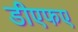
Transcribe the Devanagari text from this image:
डीएफए